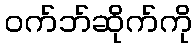
ဝက်ဘ်ဆိုက်ကို